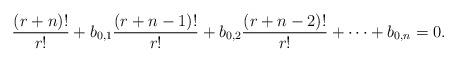
\begin{align*}\frac{(r+n)!}{r!} + b_{0,1}\frac{(r+n-1)!}{r!} + b_{0,2}\frac{(r+n-2)!}{r!}+ \cdots + b_{0,n} = 0.\end{align*}